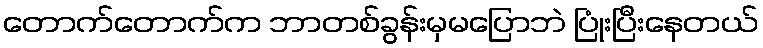
တောက်တောက်က ဘာတစ်ခွန်းမှမပြောဘဲ ပြုံးပြီးနေတယ်